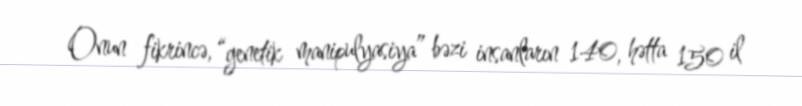
Onun fikrincə, “genetik manipulyasiya” bəzi insanların 140, hətta 150 il